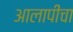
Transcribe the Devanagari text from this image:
आलापीचा